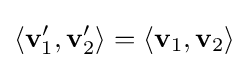
\langle \mathbf {v} '_{1},\mathbf {v} '_{2}\rangle =\langle \mathbf {v} _{1},\mathbf {v} _{2}\rangle